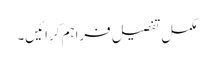
مکمل تفصیل فراہم کرائیں۔